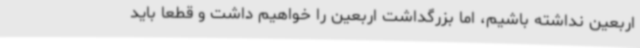
اربعین نداشته باشیم، اما بزرگداشت اربعین را خواهیم داشت و قطعا باید